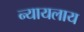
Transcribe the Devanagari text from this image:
न्यायलाय